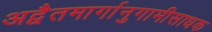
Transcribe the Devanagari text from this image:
अद्वैतमार्गानुगामीसाधक